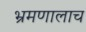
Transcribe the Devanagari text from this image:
भ्रमणालाच